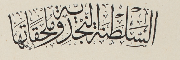
السَلطَنَة النّجديّة ومُلحَقَاتَها